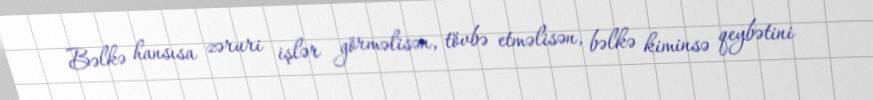
Bəlkə hansısa zəruri işlər görməlisən, tövbə etməlisən, bəlkə kiminsə qeybətini